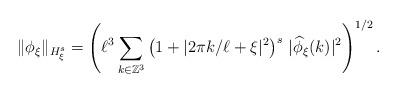
LaTeX: \begin{align*}\Vert\phi_\xi\Vert_{H^s_\xi}=\left(\ell^3\sum_{k\in \mathbb{Z}^3}\left(1+|2\pi k/\ell+\xi|^2\right)^{s}\,|\widehat{\phi}_{\xi}(k)|^2\right)^{1/2}.\end{align*}